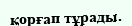
қорғап тұрады.